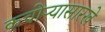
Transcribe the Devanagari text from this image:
कचोऱ्यासारखे